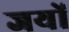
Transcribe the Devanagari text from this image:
जयों